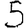
Digit: 5